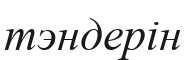
тэндерін